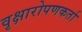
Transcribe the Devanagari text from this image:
वृक्षारोपणकर्ता